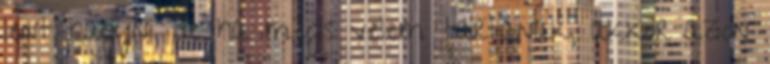
lent hagyni, de ha mégis velem tartanak, akkor azon